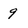
Character: 9